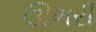
ઊભરી